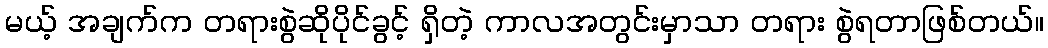
မယ့် အချက်က တရားစွဲဆိုပိုင်ခွင့် ရှိတဲ့ ကာလအတွင်းမှာသာ တရား စွဲရတာဖြစ်တယ်။